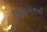
દિપાયનની